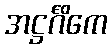
အဋ္ဌင်္ဂိကေ